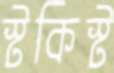
স্টকিস্ট